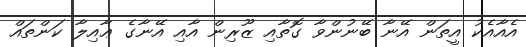
އެއާއެކު އީތަން އޭނާ ބޭނުންވާ ގޮތާއި ޒޫރިން އާއި އޭނާގެ ޢާއިލާ ކަންތައް